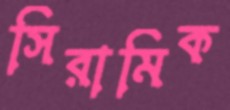
সিরামিক